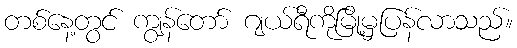
တစ်နေ့တွင် ကျွန်တော် ဂျယ်ရီကိုမြို့မှပြန်လာသည်။